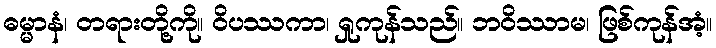
ဓမ္မာနံ၊ တရားတို့ကို။ ဝိပဿကာ၊ ရှုကုန်သည်။ ဘဝိဿာမ၊ ဖြစ်ကုန်အံ့။